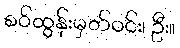
စဝ်ထွန်းမှတ်ဝင်း၊ ဦး။